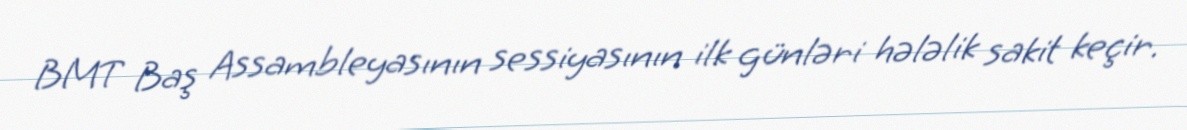
BMT Baş Assambleyasının sessiyasının ilk günləri hələlik sakit keçir.